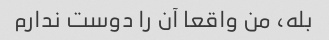
بله، من واقعا آن را دوست ندارم